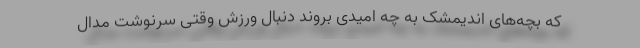
که بچه‌های اندیمشک به چه امیدی بروند دنبال ورزش وقتی سرنوشت مدال‌